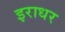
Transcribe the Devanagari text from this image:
इराधर